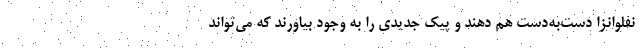
نفلوانزا دست‌به‌دست هم دهند و پیک جدیدی را به وجود بیاورند که می‌تواند